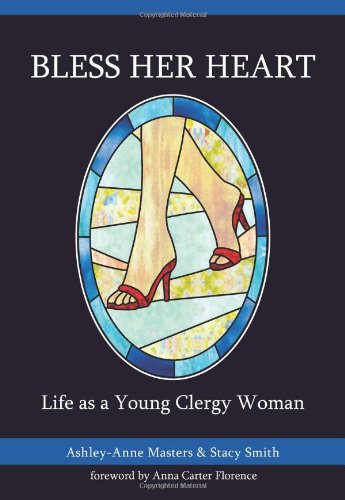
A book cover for Bless Her Heart: Life as a Young Clergy Woman (The Young Clergy Women Project); Ashley-Anne Masters; Christian Books & Bibles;